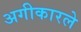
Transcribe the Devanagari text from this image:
अगीकारले